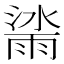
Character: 𣾙